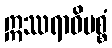
ဣဿရာဓိပစ္စံ